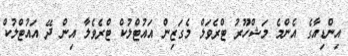
އިންޑިއާގެ އެންމެ މަޝްހޫރު ޓްރެވަލް މެގަޒިން އައުޓްލުކް ޓްރެވެލާ އިން ދޭ އައުޓްލުކް